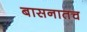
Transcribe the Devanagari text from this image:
बासनातच